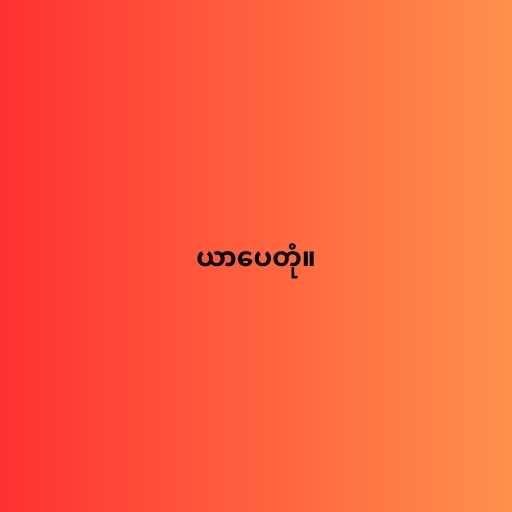
ယာပေတုံ။